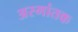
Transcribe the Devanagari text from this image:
अस्मांतक